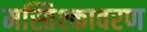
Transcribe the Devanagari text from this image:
मस्तिश्कावरण